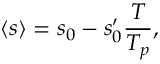
\begin{array} { c c c } { \displaystyle { \langle s \rangle = s _ { 0 } - s _ { 0 } ^ { \prime } \frac { T } { T _ { p } } , } } \end{array}